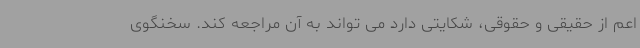
اعم از حقیقی و حقوقی، شکایتی دارد می تواند به آن مراجعه کند. سخنگوی